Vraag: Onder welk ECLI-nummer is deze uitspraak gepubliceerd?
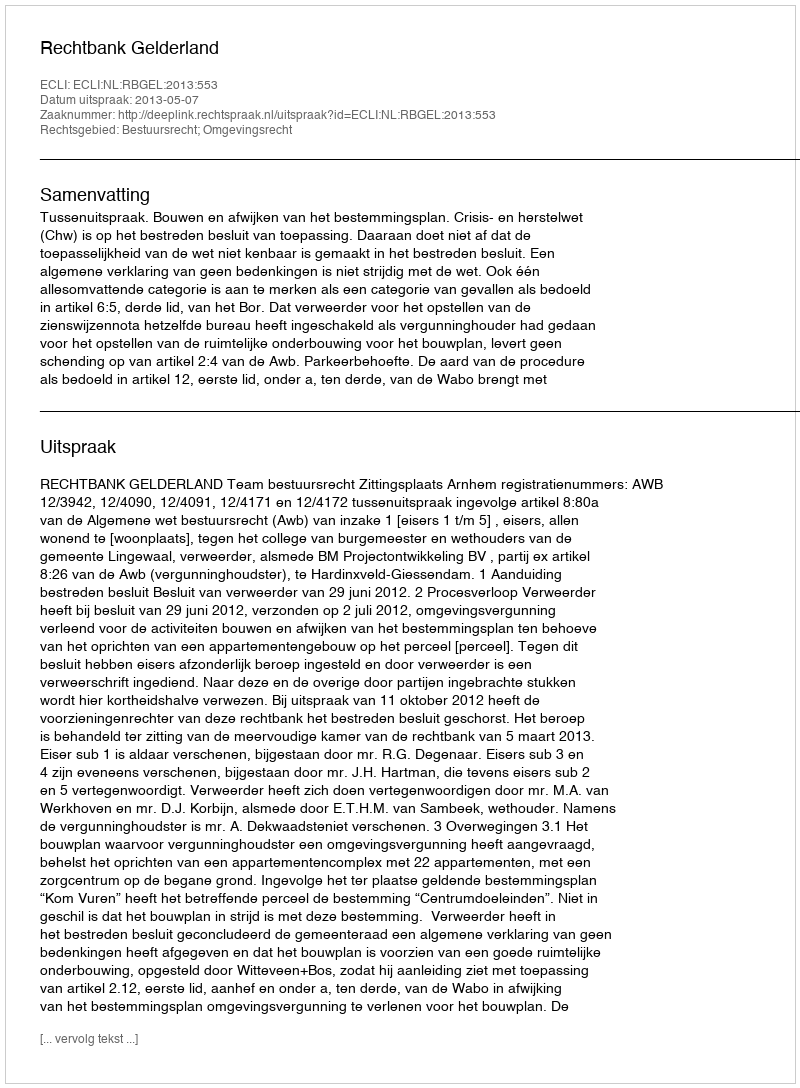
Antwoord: ECLI:NL:RBGEL:2013:553